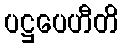
ပဋ္ဌပေဟီတိ